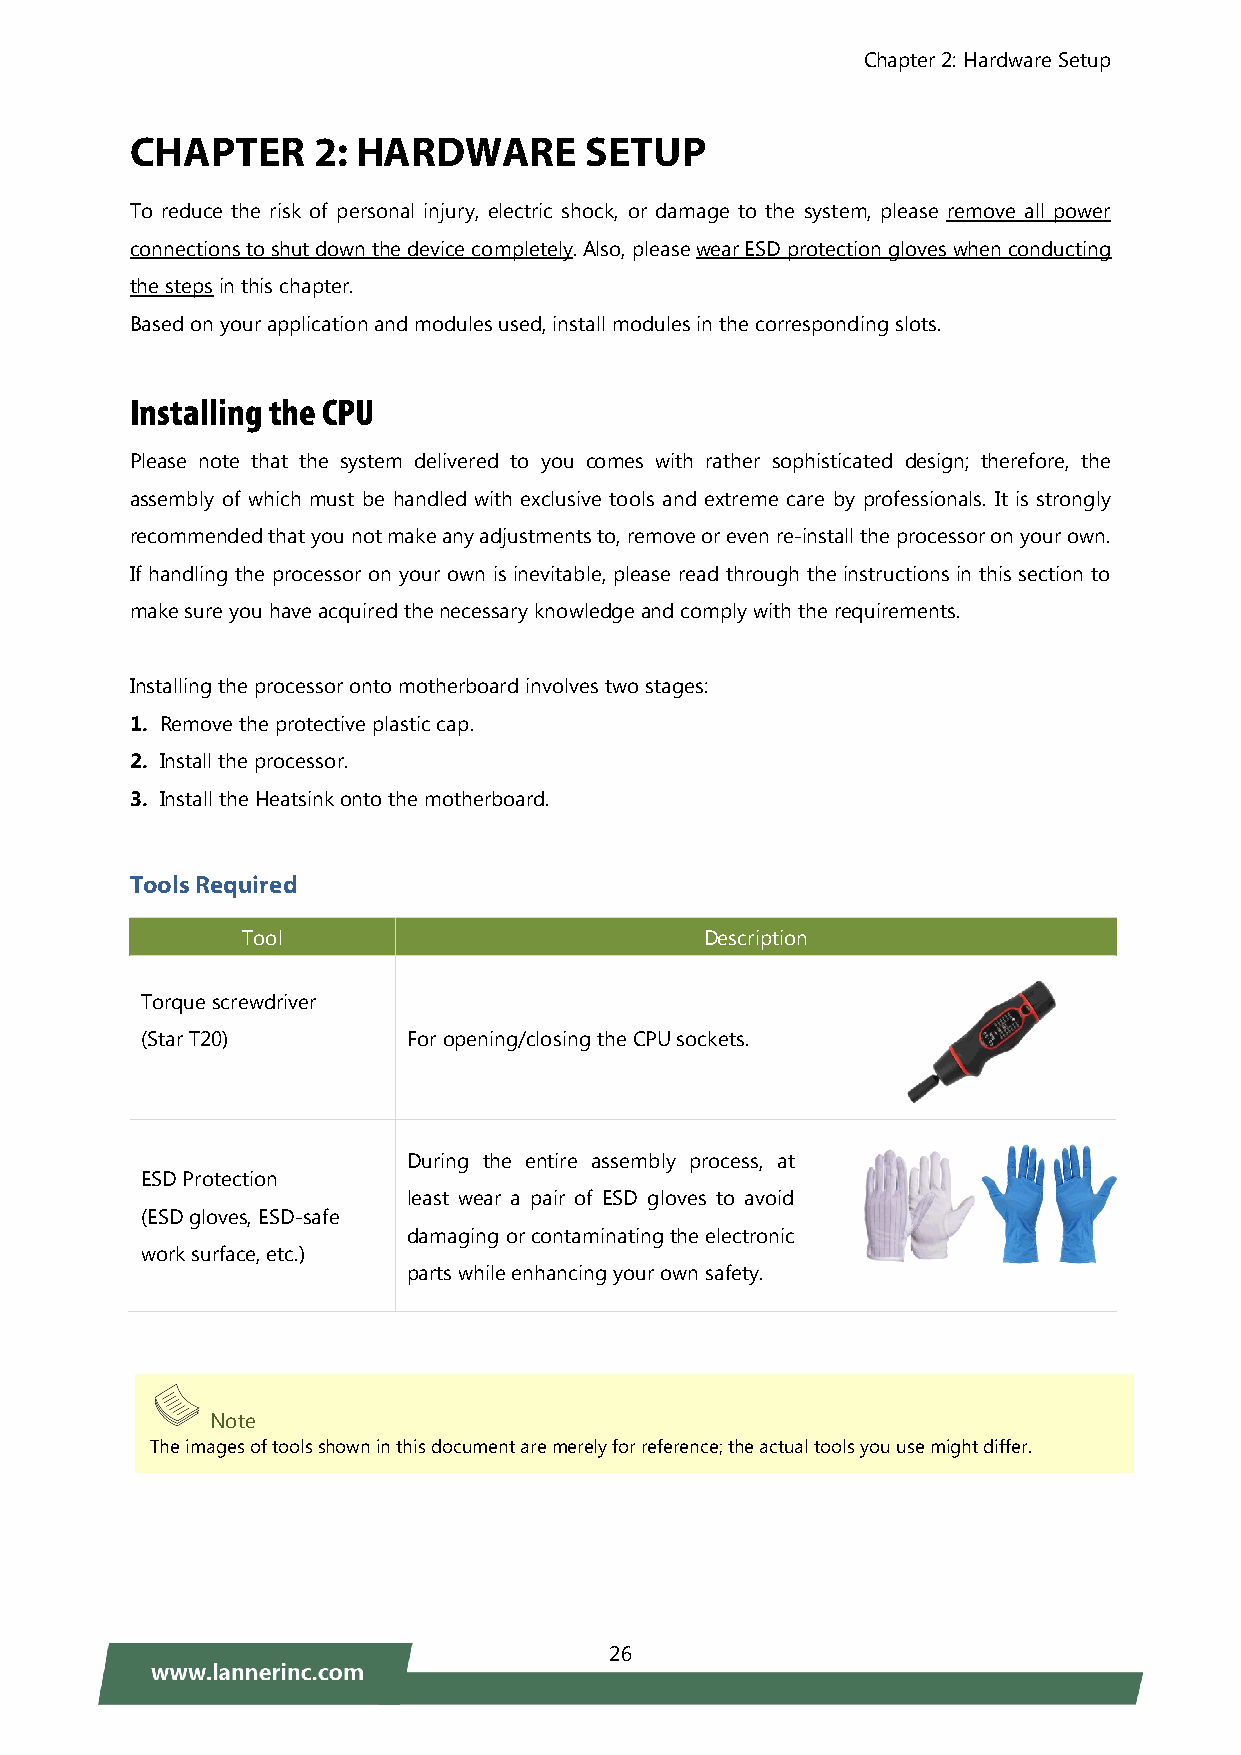
Chapter 2: Hardware Setup
 CHAPTER     2: HARDWARE       SETUP
 To reduce the risk of personal injury, electric shock, or damage to the system, please remove all power
 connections to shut down the device completely. Also, please wear ESD protection gloves when conducting
 the steps in this chapter.
 Based on your application and modules used, install modules in the corresponding slots.
 Installing the CPU
 Please note that the system delivered to you comes with rather sophisticated design; therefore, the
 assembly of which must be handled with exclusive tools and extreme care by professionals. It is strongly
 recommended that you not make any adjustments to, remove or even re-install the processor on your own.
 If handling the processor on your own is inevitable, please read through the instructions in this section to
 make sure you have acquired the necessary knowledge and comply with the requirements.
 Installing the processor onto motherboard involves two stages:
 1. Remove the protective plastic cap.
 2. Install the processor.
 3. Install the Heatsink onto the motherboard.
 Tools Required
 Tool                           Description
 Torque screwdriver
 (Star T20)        For opening/closing the CPU sockets.
 During the entire assembly process, at
 ESD Protection
 least wear a pair of ESD gloves to avoid
 (ESD gloves, ESD-safe
 damaging or contaminating the electronic
 work surface, etc.)
 parts while enhancing your own safety.
 Note
 The images of tools shown in this document are merely for reference; the actual tools you use might differ.
 26